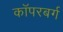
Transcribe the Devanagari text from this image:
कॉपरबर्ग